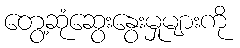
တွေ့ဆုံဆွေးနွေးမှုများကို